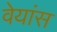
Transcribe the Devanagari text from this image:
वेयांस